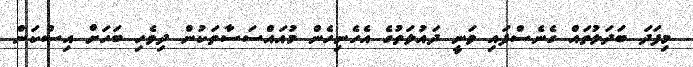
މިފަދަ ބަދަލުތައް ގެނެސްފައި ވަނީ ދައުލަތުގެ އެހެނިހެން މުއައްސަސާތަކުން ދިވެހި ބަހަށް އިސްކަން